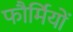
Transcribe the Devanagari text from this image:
फौर्मियों